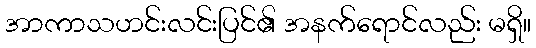
အာကာသဟင်းလင်းပြင်၏ အနက်ရောင်လည်း မရှိ။